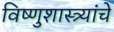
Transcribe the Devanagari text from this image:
विष्णुशास्त्र्यांचे